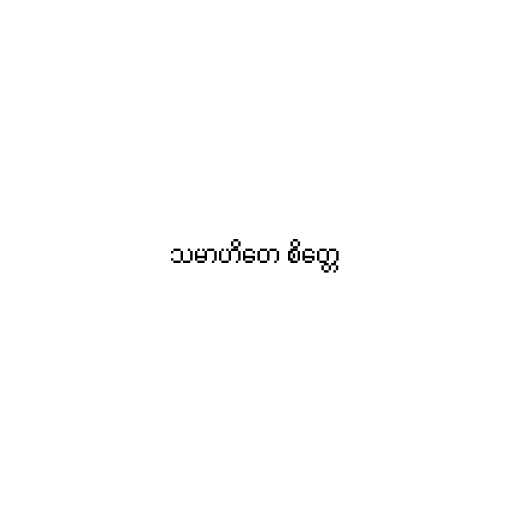
သမာဟိတေ စိတ္တေ